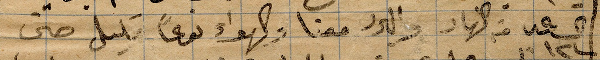
الساعة ١٢ من النهار والبلد معنا والهواء نوعًا قليل حتى